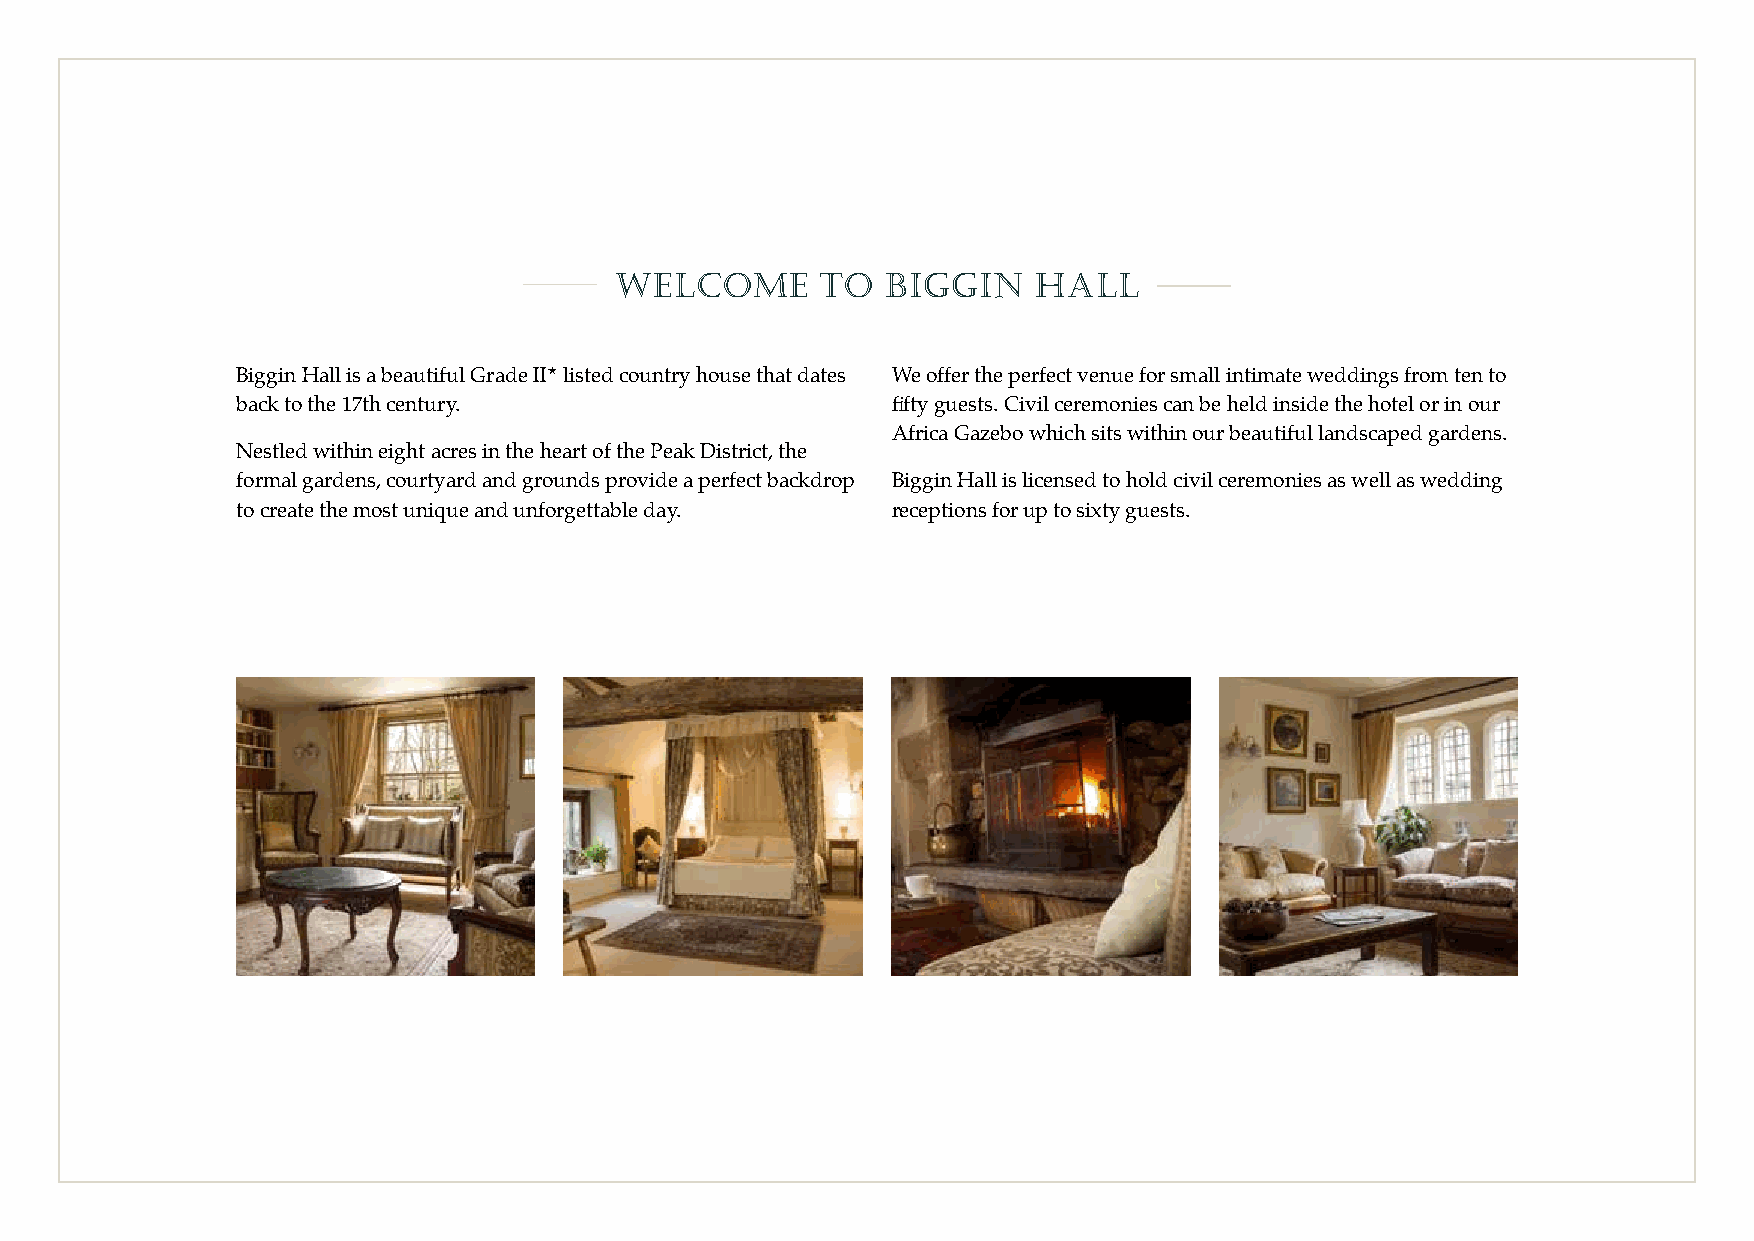
welcome      to   BIGGIN    HALL
 Biggin Hall is a beautiful Grade II listed country house that dates We offer the perfect venue for small intimate weddings from ten to
 back to the 17th century.                  fifty guests. Civil ceremonies can be held inside the hotel or in our
 Africa Gazebo which sits within our beautiful landscaped gardens.
 Nestled within eight acres in the heart of the Peak District, the
 formal gardens, courtyard and grounds provide a perfect backdrop Biggin Hall is licensed to hold civil ceremonies as well as wedding
 to create the most unique and unforgettable day. receptions for up to sixty guests.